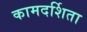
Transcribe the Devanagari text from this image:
कामदर्शिता